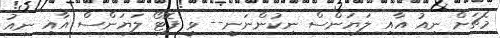
މެޗަށް ނިއު އާއި ލަޔަންސް ނިކުންނަނީ-- ވީ ފޮޓޯ ލަޔަންސް އާއި ނިއު